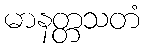
မာနတ္တသတံ